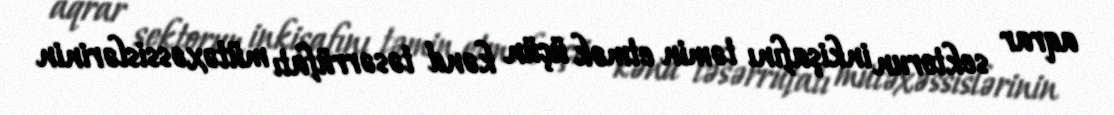
aqrar sektorun inkişafını təmin etmək üçün kənd təsərrüfatı mütəxəssislərinin